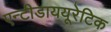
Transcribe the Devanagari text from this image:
एन्टीडाययूरेटिक